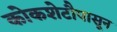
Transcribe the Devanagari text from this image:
कोकशेटौपासून